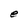
Character: e